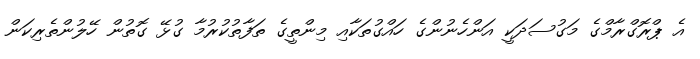
އެ ޕްރޮގްރާމްގެ މަގުސަދަކީ އަންހެނުންގެ ހައްގުތަކާއި މިންތީގެ ތަފާތުކުރުމާ ގުޅޭ ގޮތުން ހޭލުންތެރިކަން